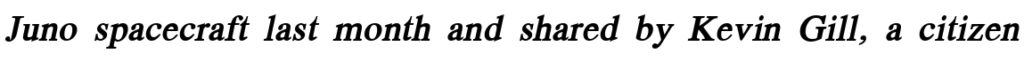
Juno spacecraft last month and shared by Kevin Gill, a citizen